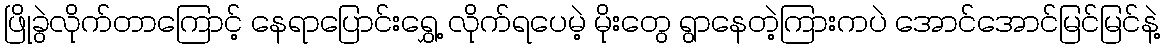
ဖြိုခွဲလိုက်တာကြောင့် နေရာပြောင်းရွှေ့ လိုက်ရပေမဲ့ မိုးတွေ ရွာနေတဲ့ကြားကပဲ အောင်အောင်မြင်မြင်နဲ့